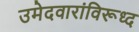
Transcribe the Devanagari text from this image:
उमेदवारांविरूध्द